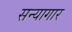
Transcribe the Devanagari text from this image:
सन्यागार